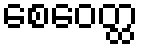
စေဝေတ္ထ